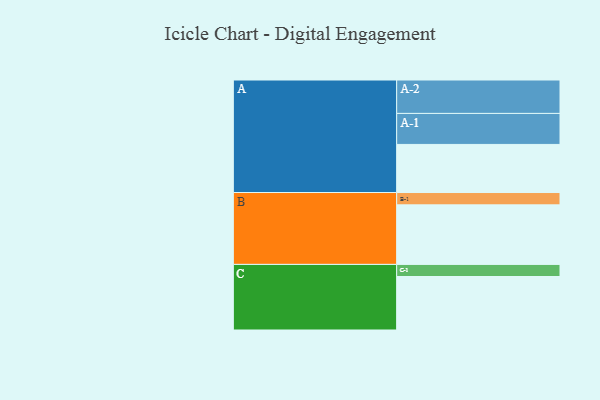
{"axis": {"x": "Segment", "y": "Value"}, "legend": ["", "A", "B", "C"], "data": [{"x": "A", "y": 374, "type": ""}, {"x": "B", "y": 463, "type": ""}, {"x": "C", "y": 416, "type": ""}, {"x": "A-1", "y": 241, "type": "A"}, {"x": "A-2", "y": 260, "type": "A"}, {"x": "B-1", "y": 96, "type": "B"}, {"x": "C-1", "y": 94, "type": "C"}]}